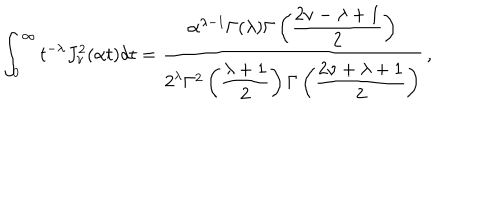
\int _ { 0 } ^ { \infty } t ^ { - \lambda } J _ { \nu } ^ { 2 } ( \alpha t ) d t = \frac { \alpha ^ { \lambda - 1 } \Gamma ( \lambda ) \Gamma \left( \displaystyle { \frac { 2 \nu - \lambda + 1 } { 2 } } \right) } { 2 ^ { \lambda } \Gamma ^ { 2 } \left( \displaystyle { \frac { \lambda + 1 } { 2 } } \right) \Gamma \left( \displaystyle { \frac { 2 \nu + \lambda + 1 } { 2 } } \right) } \, ,